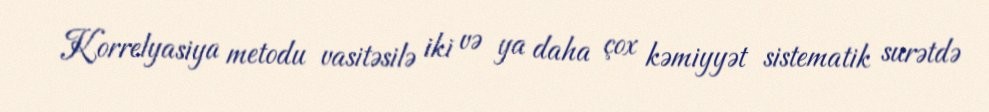
Korrelyasiya metodu vasitəsilə iki və ya daha çox kəmiyyət sistematik surətdə